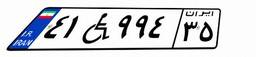
۴۱W۹۹۴۳۵